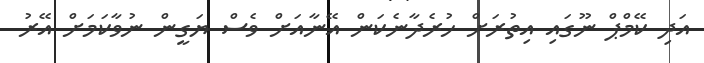
އަދި ކޭމްޕް ނޫގައި އިތުރަށް ހުރެދާނެކަން އޭނާއަށް ވެސް ޔަގީން ނުވާކަމަށް އޭރު